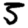
Digit: 5